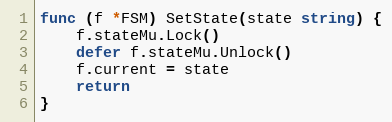
Language: Go
func (f *FSM) SetState(state string) {
	f.stateMu.Lock()
	defer f.stateMu.Unlock()
	f.current = state
	return
}